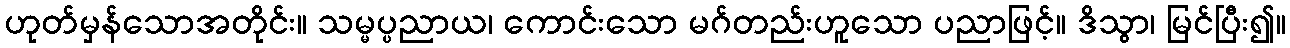
ဟုတ်မှန်သောအတိုင်း။ သမ္မပ္ပညာယ၊ ကောင်းသော မဂ်တည်းဟူသော ပညာဖြင့်။ ဒိသွာ၊ မြင်ပြီး၍။